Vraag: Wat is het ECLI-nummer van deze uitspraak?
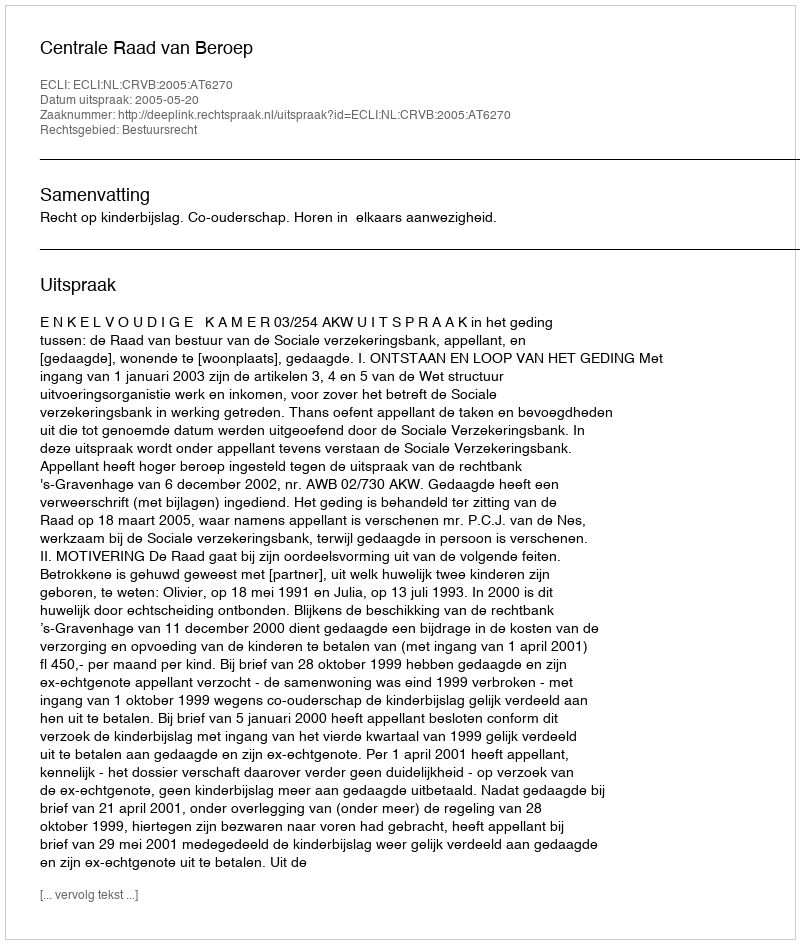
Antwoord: ECLI:NL:CRVB:2005:AT6270